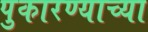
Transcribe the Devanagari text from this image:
पुकारण्याच्या